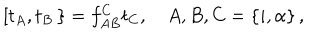
LaTeX: \left[ t _ { A } , t _ { B } \right. \left. \right\} = f _ { A B } ^ { C } t _ { C } , A , B , C = \left\{ i , \alpha \right\} ,